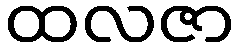
ထလဇာ